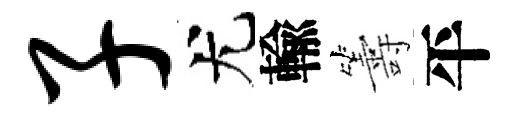
子尤輸籌平